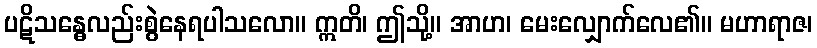
ပဋိသန္ဓေလည်းစွဲနေရပါသလော။ ဣတိ၊ ဤသို့။ အာဟ၊ မေးလျှောက်လေ၏။ မဟာရာဇ၊